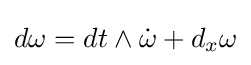
d\omega =dt\wedge {\dot {\omega }}+d_{x}\omega